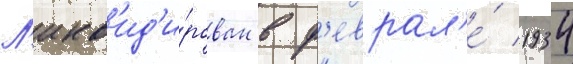
Л'икв'ид'и́рован в ф'еврал'е́ 1934